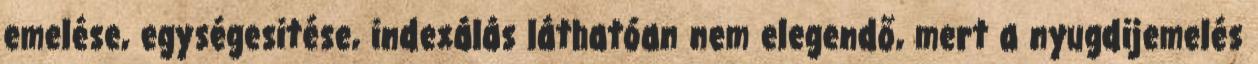
emelése, egységesitése, indexálás láthatóan nem elegendő, mert a nyugdijemelés